Civil Veterinary Dept. Bombay admin report 1893-99 - 1893-1899
Year: 1893
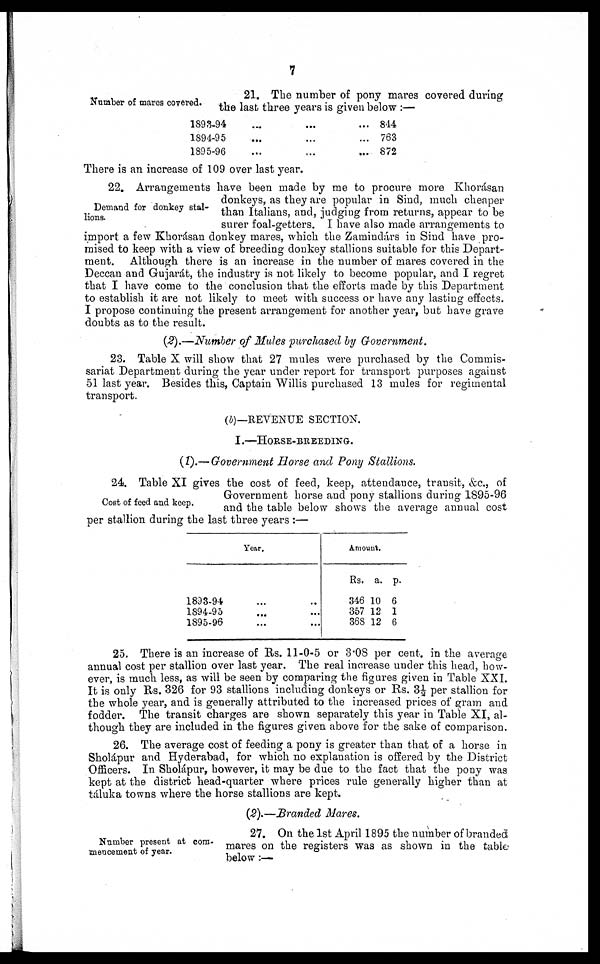
7
Number of mares covered.
21. The number of pony mares covered during
the last three years is given below :—
1893-94
1894-95
1895-96
…
…
....
...
…
…
... 844
... 763
... 872
There is an increase of 109 over last year.
Demand for donkey stal-
lions.
22. Arrangements have been made by me to procure more Khorásan
donkeys, as they are popular in Sind, much cheaper
than Italians, and, judging from returns, appear to be
surer foal-getters. I have also made arrangements to
import a few Khorásan donkey mares, which the Zamindárs in Sind have pro-
mised to keep with a view of breeding donkey stallions suitable for this Depart-
ment. Although there is an increase in the number of mares covered in the
Deccan and Gujarát, the industry is not likely to become popular, and I regret
that I have come to the conclusion that the efforts made by this Department
to establish it are not likely to meet with success or have any lasting effects.
I propose continuing the present arrangement for another year, but have grave
doubts as to the result.
(2).—Number of Mules purchased by Government.
23. Table X will show that 27 mules were purchased by the Commis-
sariat Department during the year under report for transport purposes against
51 last year. Besides this, Captain Willis purchased 13 mules for regimental
transport.
(b)—REVENUE SECTION.
I.—HORSE-BREEDING.
(1).— Government Horse and Pony Stallions.
Cost of feed and keep.
24. Table XI gives the cost of feed, keep, attendance, transit, &c, of
Government horse and pony stallions during 1895-96
and the table below shows the average annual cost
per stallion during the last three years :—
Year.
1893-94
1894-95
1895-96
…
…
…
…
…
...
Amount
Rs.
346
357
368
a.
10
12
12
p.
6
1
6
25. There is an increase of Rs. 11-0-5 or 3.08 per cent. in the average
annual cost per stallion over last year. The real increase under this head, how-
ever, is much less, as will be seen by comparing the figures given in Table XXI.
It is only Rs. 326 for 93 stallions including donkeys or Rs. 3½ per stallion for
the whole year, and is generally attributed to the increased prices of gram and
fodder. The transit charges are shown separately this year in Table XI, al-
though they are included in the figures given above for the sake of comparison.
26. The average cost of feeding a pony is greater than that of a horse in
Sholápur and Hyderabad, for which no explanation is offered by the District
Officers. In Sholápur, however, it may be due to the fact that the pony was
kept at the district head-quarter where prices rule generally higher than at
táluka towns where the horse stallions are kept.
(2).—Branded Mares.
Number present at com-
mencement of year.
27. On the 1st April 1895 the number of branded
mares on the registers was as shown in the table
below :—